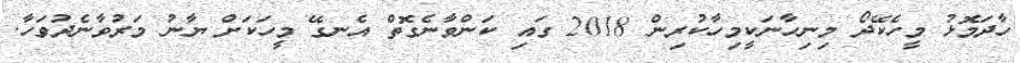
ހާދަމޮޅު މީހެކޭދޯ މިނިހާނަކީމިހާކުރިން 2018 ގައި ކަންވާނެގޮތް އެނގޭ މީހަކަށް ޔާނު މަރުވާނެދުވަހާ.